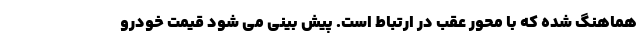
هماهنگ شده که با محور عقب در ارتباط است. پیش بینی می شود قیمت خودرو